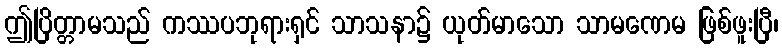
ဤပြိတ္တာမသည် ကဿပဘုရားရှင် သာသနာ၌ ယုတ်မာသော သာမဏေမ ဖြစ်ဖူးပြီ၊